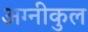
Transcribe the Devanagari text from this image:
अग्‍नीकुल